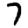
Digit: 7